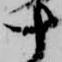
十